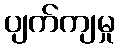
ပျက်ကျမှု